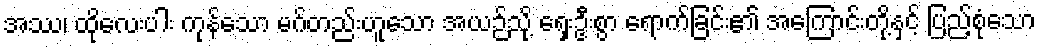
အဿ၊ ထိုလေးပါး ကုန်သော မဂ်တည်းဟူသော အယဉ်သို့ ရှေးဦးစွာ ရောက်ခြင်း၏ အကြောင်းတို့နှင့် ပြည့်စုံသော